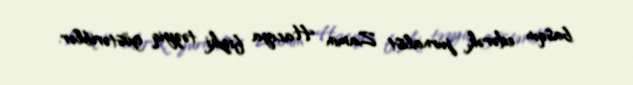
basqın edərək, jurnalist Zamin Hacıya fiziki təzyiq göstəriblər.